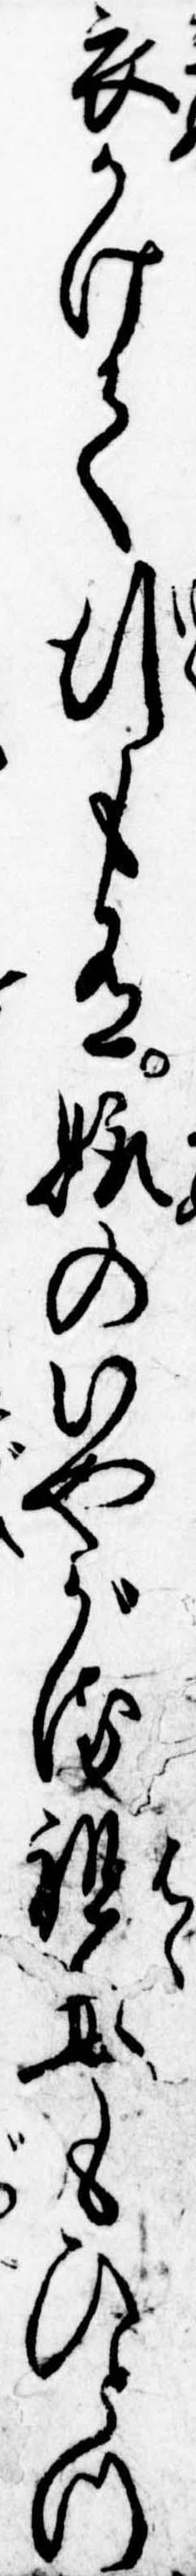
衣かけて行も有嫁のいやがる祖母もひとつ